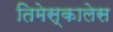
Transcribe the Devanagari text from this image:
तिमेस्कालेस